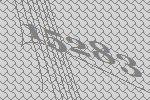
15283